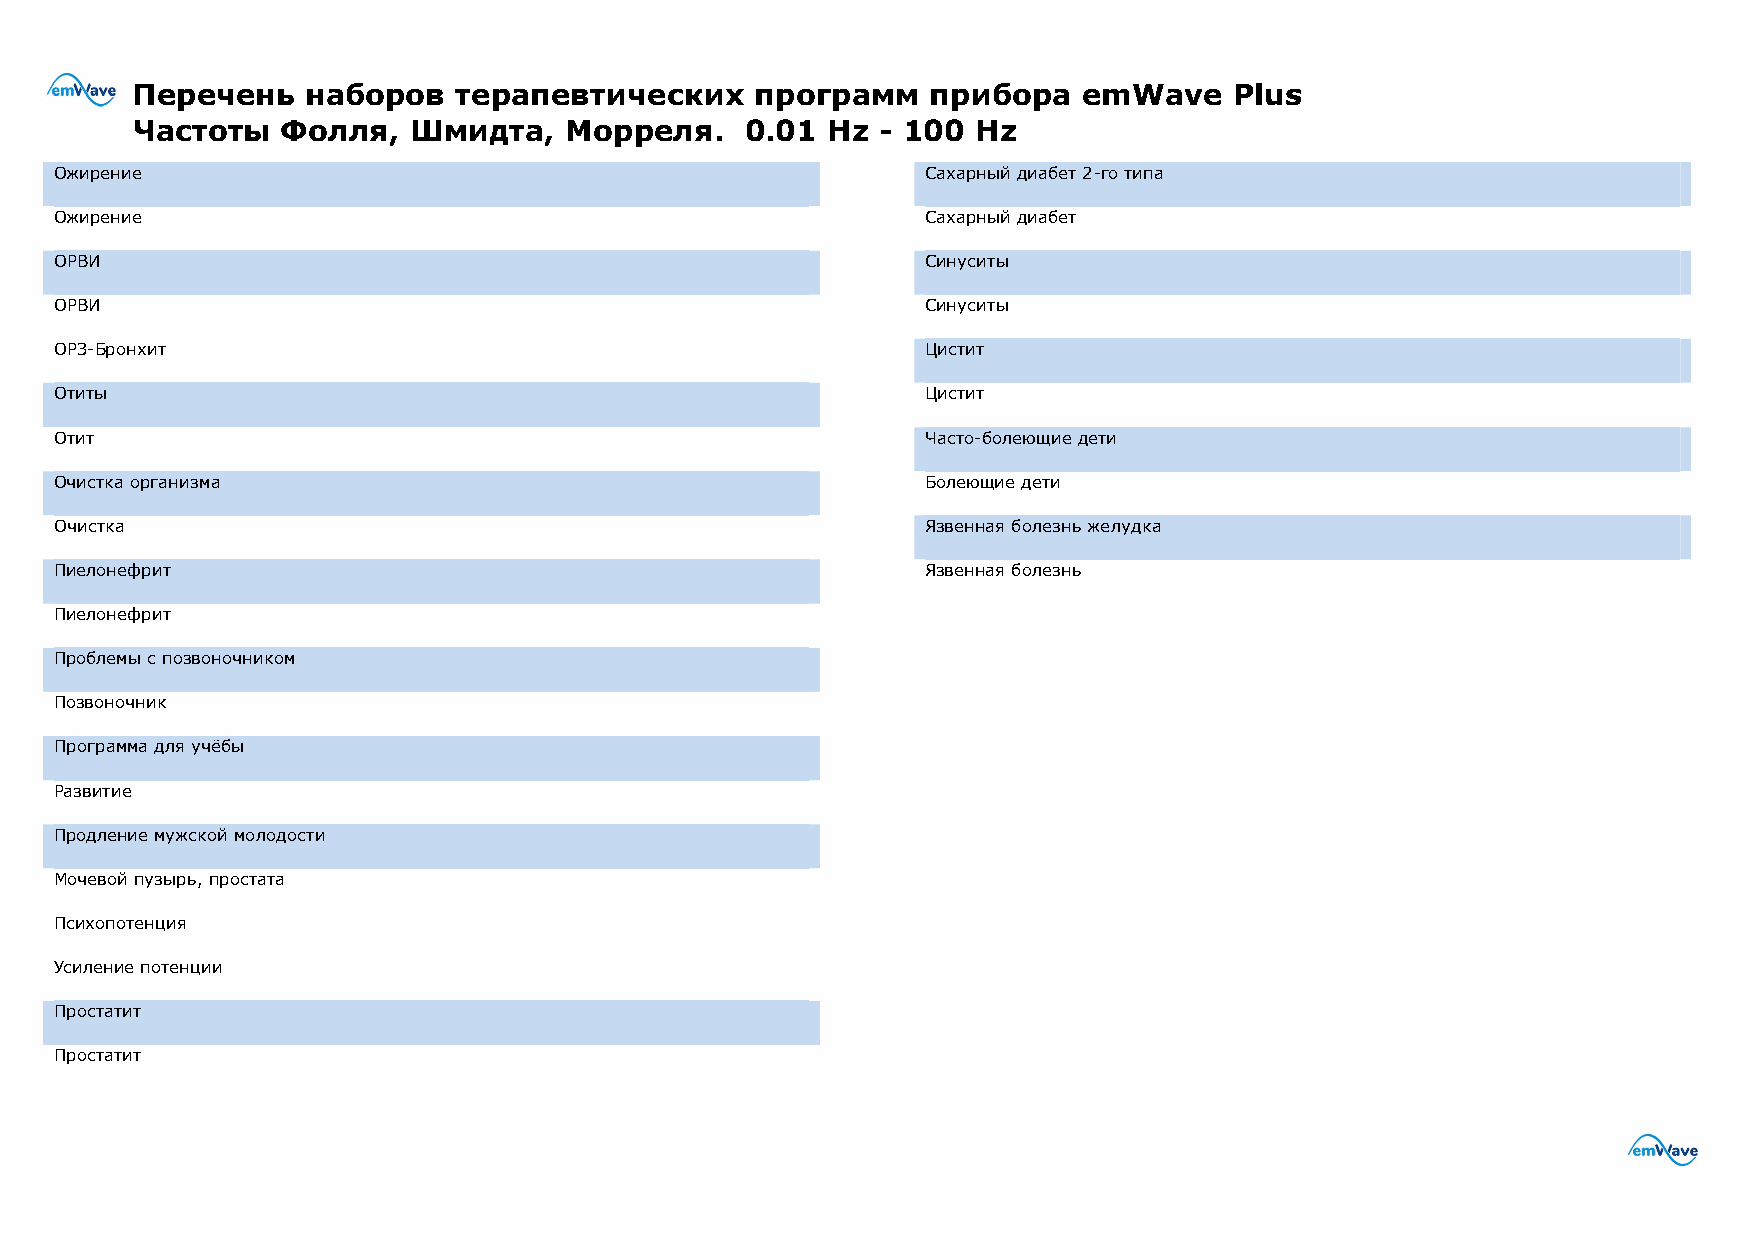
Перечень   наборов   терапевтических     программ   прибора    emWave    Plus
 Частоты   Фолля,  Шмидта,   Морреля.    0.01  Hz - 100  Hz
 Ожирение                                                 Сахарный диабет 2-го типа
 Ожирение                                                 Сахарный диабет
 ОРВИ                                                     Синуситы
 ОРВИ                                                     Синуситы
 ОРЗ-Бронхит                                              Цистит
 Отиты                                                    Цистит
 Отит                                                     Часто-болеющие дети
 Очистка организма                                        Болеющие дети
 Очистка                                                  Язвенная болезнь желудка
 Пиелонефрит                                              Язвенная болезнь
 Пиелонефрит
 Проблемы с позвоночником
 Позвоночник
 Программа для учёбы
 Развитие
 Продление мужской молодости
 Мочевой пузырь, простата
 Психопотенция
 Усиление потенции
 Простатит
 Простатит